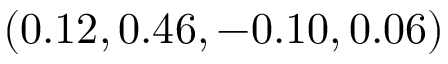
( 0 . 1 2 , 0 . 4 6 , - 0 . 1 0 , 0 . 0 6 )